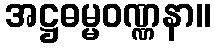
အဋ္ဌဓမ္မဝဏ္ဏနာ။